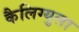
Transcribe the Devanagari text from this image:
कैलिग्युला